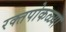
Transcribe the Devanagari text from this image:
रक्तपोकळ्या